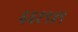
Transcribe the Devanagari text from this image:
६६१९४९